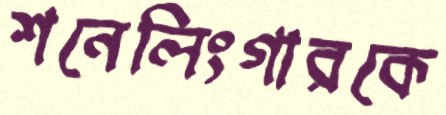
শনেলিংগারকে